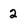
Character: 2